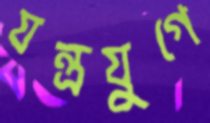
যন্ত্রযুগে